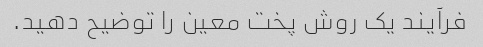
فرآیند یک روش پخت معین را توضیح دهید.